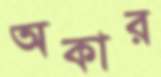
অকার